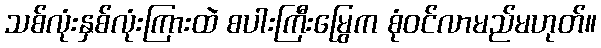
သစ်လုံးနှစ်လုံးကြားထဲ စပါးကြီးမြွေက စုံဝင်လာမည်မဟုတ်။